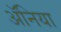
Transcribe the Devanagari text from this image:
ॲनिया